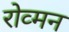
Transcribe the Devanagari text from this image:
रोव्मन